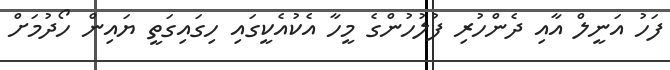
ފަހު އަނީލް އާއި ދެންހުރި ފުލުހުންގެ މީހާ އެކުއެކީގައި ހިގައިގަތީ ޔައިން ހޯދުމަށް